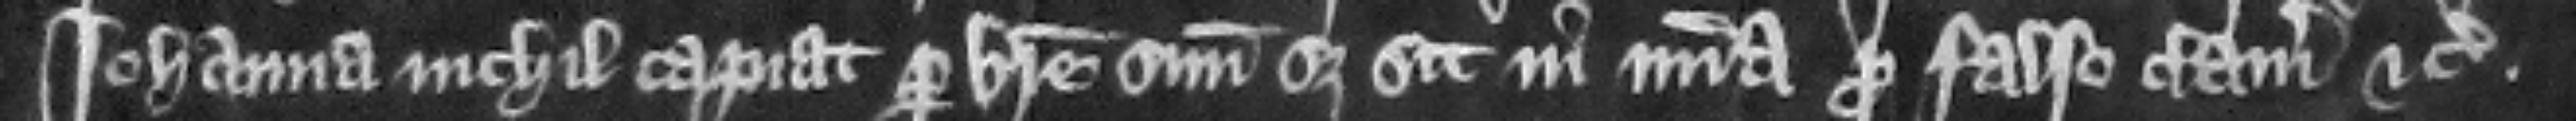
Iohanna nichil capiat per breue suum set sit in misericordia pro falso clamore etc.